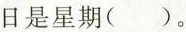
日是星期()。